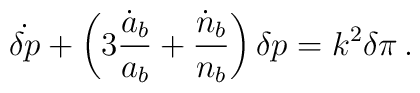
\dot{\delta p} + \left( 3{\dot{a}_b\over a_b} + {\dot{n}_b\over n_b} \right)\delta p = k^2 \delta\pi \,.